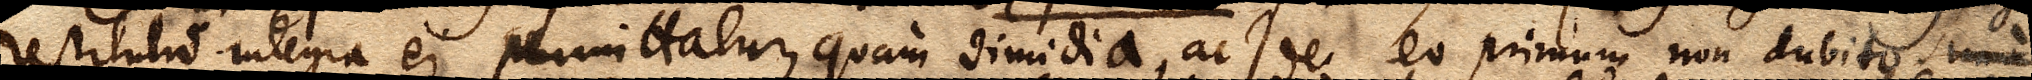
restitutio integra ei permittatur, quam dimidia, ac de eo primum non dubito. imo